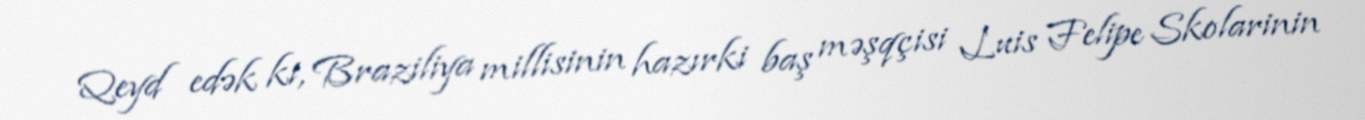
Qeyd edək ki, Braziliya millisinin hazırki baş məşqçisi Luis Felipe Skolarinin